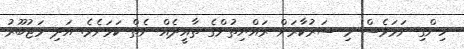
ހިންގި ނަމަވެސް މި ސަރުކާރަށް ރައްޔިތުންގެ ތާއީދެއް ނެތް ކަމަށެވެ. އަދި މަޖުބޫރު